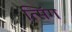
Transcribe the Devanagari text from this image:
त्सिंग